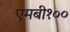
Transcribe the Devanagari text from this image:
एमबी१००